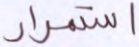
استمرار